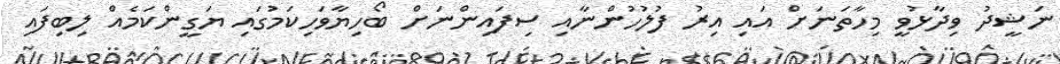
ނަޝީދު ވިދާޅުވީ މިހާތަނަށް އައި އިރު ފުލުހުންނާއި ސިފައިންނަށް ބޯހިޔާވަހިކަމުގައި ޔަގީންކަމެއް ލިބިފައި